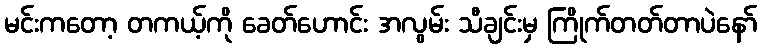
မင်းကတော့ တကယ့်ကို ခေတ်ဟောင်း အလွမ်း သီချင်းမှ ကြိုက်တတ်တာပဲနော်